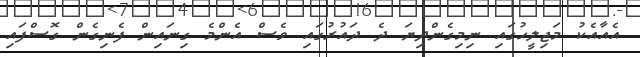
އެއާއެކު މަޖިލީހުގައި ނިމިގެންދިޔަ ދެ ދައުރުގައި ވެސް އެންމެ ގިނައިން ފެނިގެން ގޮސްފައި